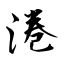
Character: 淃